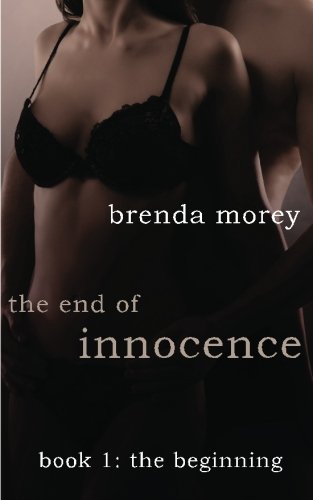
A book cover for The End of Innocence: The Beginning (Book 1)(Erotic Romance); Brenda Morey; Romance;